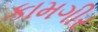
કામગીર